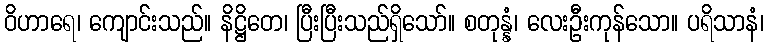
ဝိဟာရေ၊ ကျောင်းသည်။ နိဋ္ဌိတေ၊ ပြီးပြီးသည်ရှိသော်။ စတုန္နံ၊ လေးဦးကုန်သော။ ပရိသာနံ၊